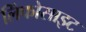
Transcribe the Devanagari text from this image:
लिंफोसाइट